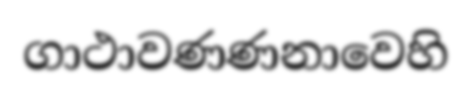
ගාථාවණණනාවෙහි